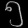
Digit: ၅